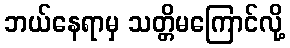
ဘယ်နေရာမှ သတ္တိမကြောင်လို့